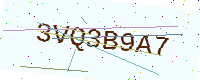
Text: 3VQ3B9A7